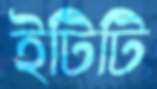
ইটিটি